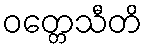
ဝတ္တေသီတိ